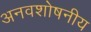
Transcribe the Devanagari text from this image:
अनवशोषनीय